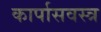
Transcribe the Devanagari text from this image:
कार्पासवस्त्र